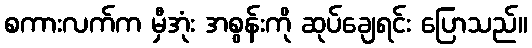
စကားလက်က မှီအုံး အစွန်းကို ဆုပ်ချေရင်း ပြောသည်။